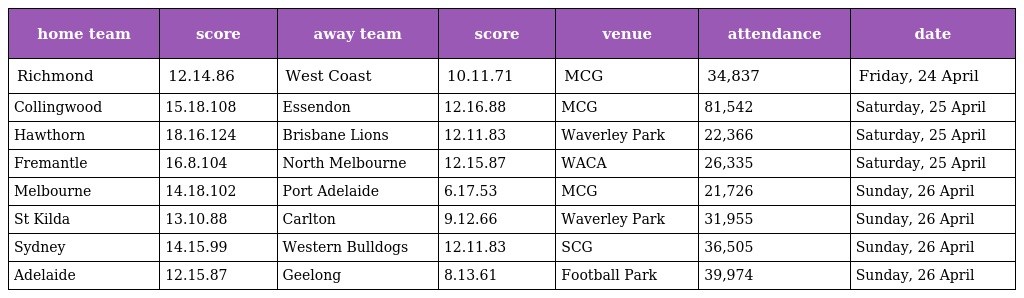
| home team | score | away team | score | venue | attendance | date |
 | --- | --- | --- | --- | --- | --- | --- |
 | Richmond | 12.14.86 | West Coast | 10.11.71 | MCG | 34,837 | Friday, 24 April |
 | Collingwood | 15.18.108 | Essendon | 12.16.88 | MCG | 81,542 | Saturday, 25 April |
 | Hawthorn | 18.16.124 | Brisbane Lions | 12.11.83 | Waverley Park | 22,366 | Saturday, 25 April |
 | Fremantle | 16.8.104 | North Melbourne | 12.15.87 | WACA | 26,335 | Saturday, 25 April |
 | Melbourne | 14.18.102 | Port Adelaide | 6.17.53 | MCG | 21,726 | Sunday, 26 April |
 | St Kilda | 13.10.88 | Carlton | 9.12.66 | Waverley Park | 31,955 | Sunday, 26 April |
 | Sydney | 14.15.99 | Western Bulldogs | 12.11.83 | SCG | 36,505 | Sunday, 26 April |
 | Adelaide | 12.15.87 | Geelong | 8.13.61 | Football Park | 39,974 | Sunday, 26 April |